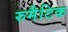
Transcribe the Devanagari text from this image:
रुमैटिक